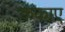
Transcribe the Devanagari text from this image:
ककाए